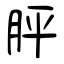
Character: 胓